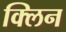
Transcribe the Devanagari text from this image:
क्‍लिन